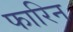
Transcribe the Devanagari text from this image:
फारिन